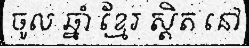
ចូល ឆ្នាំ ខ្មែរ ស្តិត នៅ